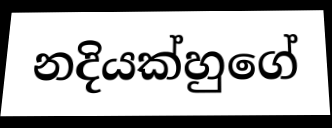
නදියක්හුගේ